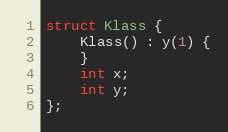
Language: C++
struct Klass {
    Klass() : y(1) {
    }
    int x;
    int y;
};